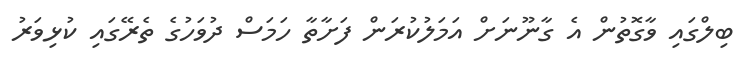
ބިލްގައި ވާގޮތުން އެ ގާނޫނަށް އަމަލުކުރަން ފަށާތާ ހަމަސް ދުވަހުގެ ތެރޭގައި ކުޅިވަރު